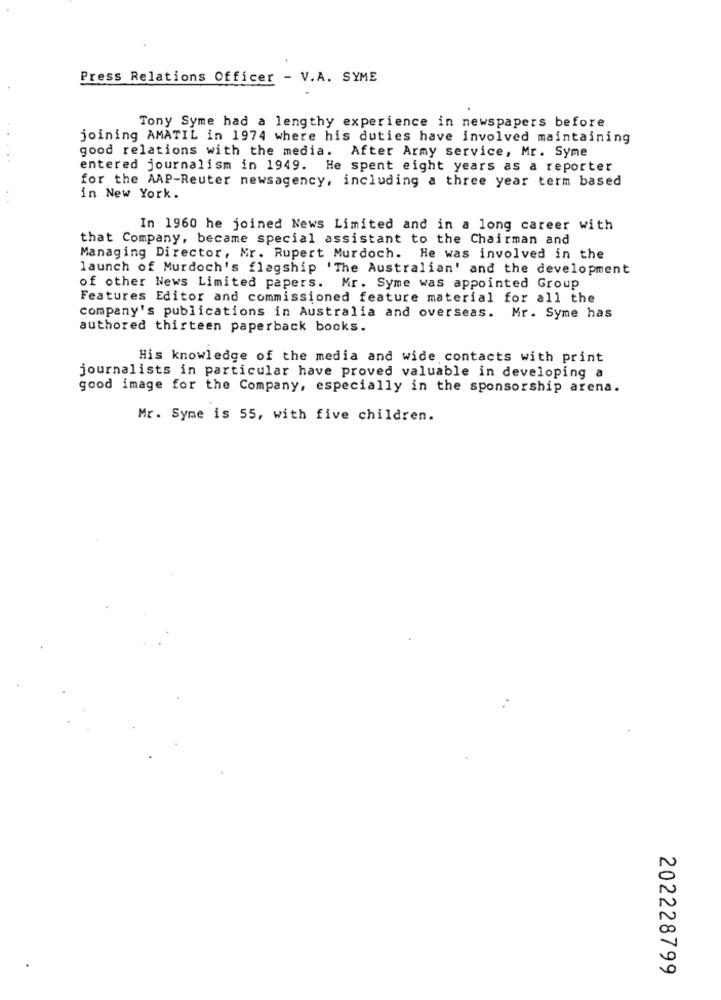
Press Relations Officer - V.A. SYME
Tony Syme had a lengthy experience in newspapers before
joining AMATIL in 1974 where his duties have involved maintaining
good relations with the media. After Army service, Mr. Syme
entered journalism in 1949. He spent eight years as a reporter
for the AAP-Reuter newsagency, including a three year term based
in New York.
In 1960 he joined News Limited and in a long career with
that Company, became special assistant to the Chairman and
Managing Director, Mr. Rupert Murdoch. He was involved in the
launch of Murdoch's flagship ' The Australian' and the development
of other News Limited papers. Mr. Syme was appointed Group
Features Editor and commissioned feature material for all the
company's publications in Australia and overseas. Mr. Syme has
authored thirteen paperback books.
His knowledge of the media and wide contacts with print
journalists in particular have proved valuable in developing a
good image for the Company, especially in the sponsorship arena.
Mr. Syme is 55, with five children.
202228799